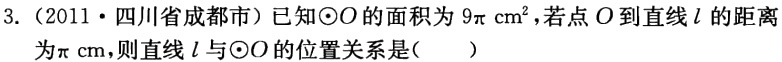
3.（2011·四川省成都市）已知\(\odot O\)的面积为\(9\pi\mathrm{cm}^{2}\)，若点\(O\)到直线\(l\)的距离为\(\pi\mathrm{cm}\)，则直线\(l\)与\(\odot O\)的位置关系是(  )